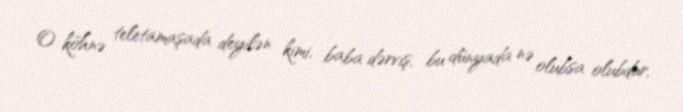
O köhnə teletamaşada deyilən kimi, baba dərviş, bu dünyada nə olubsa olubdur,